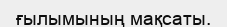
ғылымының мақсаты.